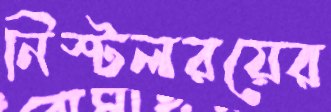
নিস্টলরয়ের